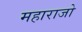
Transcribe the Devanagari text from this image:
महाराजो